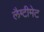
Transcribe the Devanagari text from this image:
लैग्टीमेट